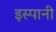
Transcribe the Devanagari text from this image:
इस्पानी